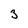
Character: 3